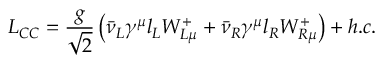
L _ { C C } = \frac { g } { \sqrt { 2 } } \left( \bar { \nu } _ { L } \gamma ^ { \mu } l _ { L } W _ { L \mu } ^ { + } + \bar { \nu } _ { R } \gamma ^ { \mu } l _ { R } W _ { R \mu } ^ { + } \right) + h . c .